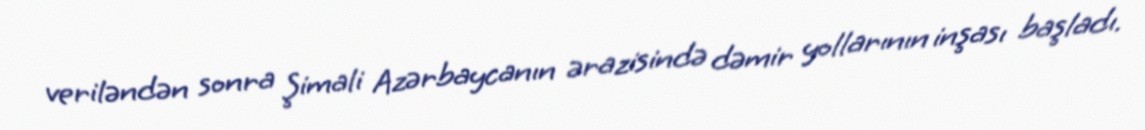
veriləndən sonra Şimali Azərbaycanın ərazisində dəmir yollarının inşası başladı.